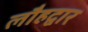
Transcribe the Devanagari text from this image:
लौहद्वार